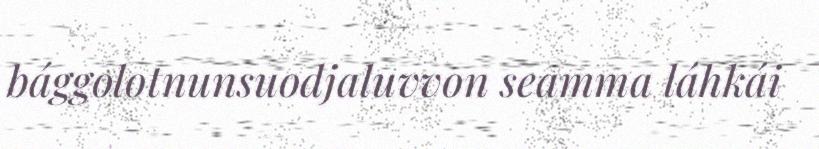
bággolotnunsuodjaluvvon seamma láhkái